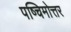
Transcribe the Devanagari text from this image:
पष्चिमोत्तर